Plague in India, 1896, 1897 - Volume 1
Year: 1896
Disease focus: Plague
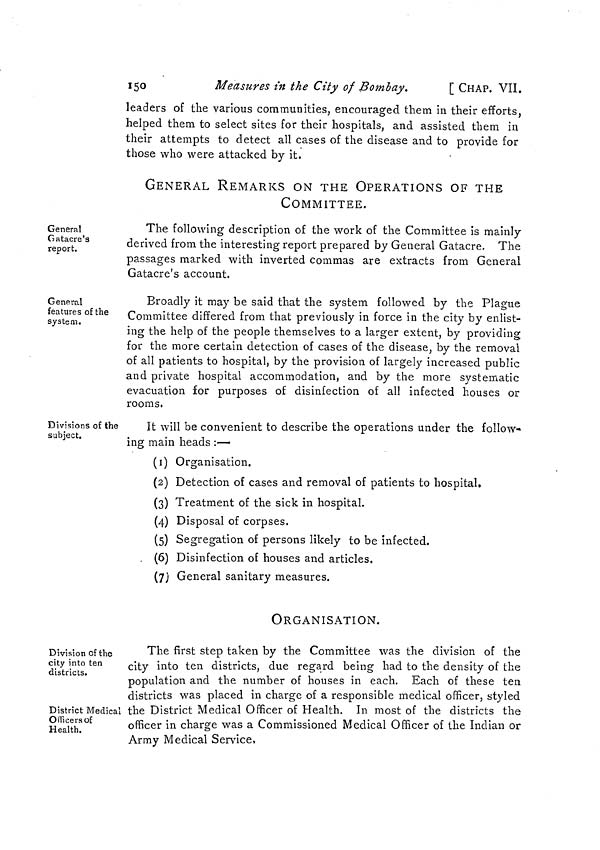
150
Measures in the City of Bombay.
[ CHAP. VII.
leaders of the various communities, encouraged them in their efforts,
helped them to select sites for their hospitals, and assisted them in
their attempts to detect all cases of the disease and to provide for
those who were attacked by it.
GENERAL REMARKS ON THE OPERATIONS OF THE
COMMITTEE.
General
Gatacre's
report.
The following description of the work of the Committee is mainly
derived from the interesting report prepared by General Gatacre. The
passages marked with inverted commas are extracts from General
Gatacre's account.
General
features of the
system.
Broadly it may be said that the system followed by the Plague
Committee differed from that previously in force in the city by enlist-
ing the help of the people themselves to a larger extent, by providing
for the more certain detection of cases of the disease, by the removal
of all patients to hospital, by the provision of largely increased public
and private hospital accommodation, and by the more systematic
evacuation for purposes of disinfection of all infected houses or
rooms.
Divisions of the
subject.
It will be convenient to describe the operations under the follow-
ing main heads :—
(1) Organisation.
(2) Detection of cases and removal of patients to hospital,
(3) Treatment of the sick in hospital.
(4) Disposal of corpses.
(5) Segregation of persons likely to be infected.
(6) Disinfection of houses and articles.
(7) General sanitary measures.
ORGANISATION.
Division of the
city into ten
districts.
District Medical
Officers of
Health.
The first step taken by the Committee was the division of the
city into ten districts, due regard being had to the density of the
population and the number of houses in each. Each of these ten
districts was placed in charge of a responsible medical officer, styled
the District Medical Officer of Health. In most of the districts the
officer in charge was a Commissioned Medical Officer of the Indian or
Army Medical Service,